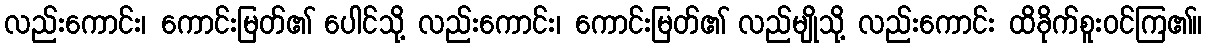
လည်းကောင်း၊ ကောင်းမြတ်၏ ပေါင်သို့ လည်းကောင်း၊ ကောင်းမြတ်၏ လည်မျိုသို့ လည်းကောင်း ထိခိုက်စူးဝင်ကြ၏။